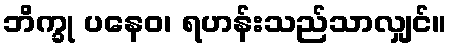
ဘိက္ခု ပနေဝ၊ ရဟန်းသည်သာလျှင်။